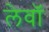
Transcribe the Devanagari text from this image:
लेवॉ